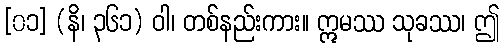
[၀၁] (နိ၊ ၃၆၁) ဝါ၊ တစ်နည်းကား။ ဣမဿ သုခဿ၊ ဤ